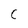
Character: C